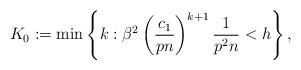
LaTeX: \begin{align*}K_0:= \min \left\{k: \beta^2 \left( \frac{c_1}{pn} \right)^{k+1} \frac{1}{p^2n}<h\right\},\end{align*}